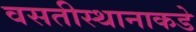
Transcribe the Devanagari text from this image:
वसतीस्थानाकडे